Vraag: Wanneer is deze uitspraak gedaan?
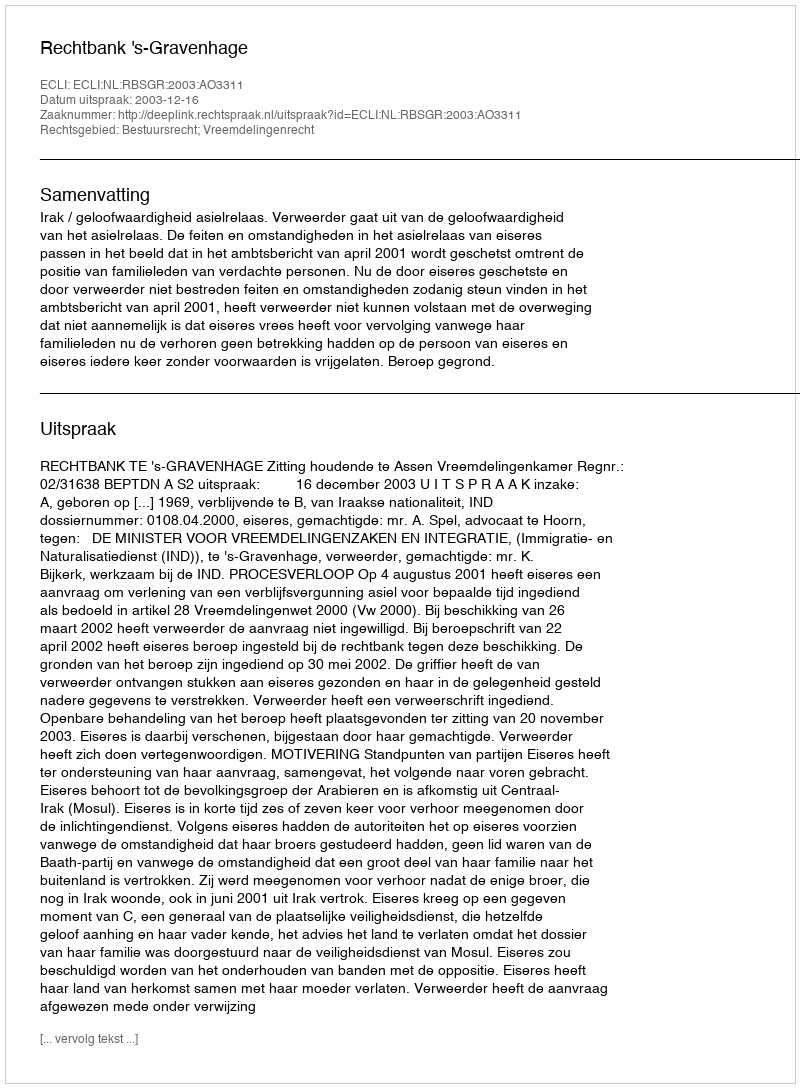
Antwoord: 2003-12-16